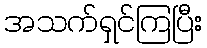
အသက်ရှင်ကြပြီး